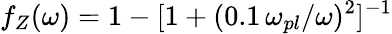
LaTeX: f_{Z}(\omega)=1-[1+(0.1\, \omega_{pl}/\omega)^{2}]^{-1}